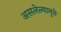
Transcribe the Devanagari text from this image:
असलेल्यामुळे